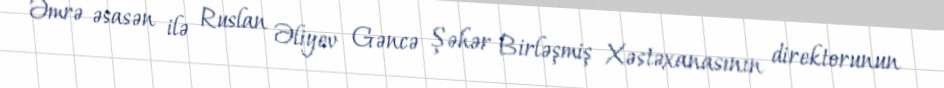
Əmrə əsasən ilə Ruslan Əliyev Gəncə Şəhər Birləşmiş Xəstəxanasının direktorunun